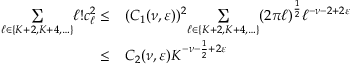
\begin{array} { r l } { \underset { \ell \in \{ K + 2 , K + 4 , \ldots \} } { \sum } \ell ! c _ { \ell } ^ { 2 } \leq } & { ( C _ { 1 } ( \nu , \varepsilon ) ) ^ { 2 } \underset { \ell \in \{ K + 2 , K + 4 , \ldots \} } { \sum } ( 2 \pi \ell ) ^ { \frac { 1 } { 2 } } \ell ^ { - \nu - 2 + 2 \varepsilon } } \\ { \leq } & { C _ { 2 } ( \nu , \varepsilon ) K ^ { - \nu - \frac { 1 } { 2 } + 2 \varepsilon } } \end{array}